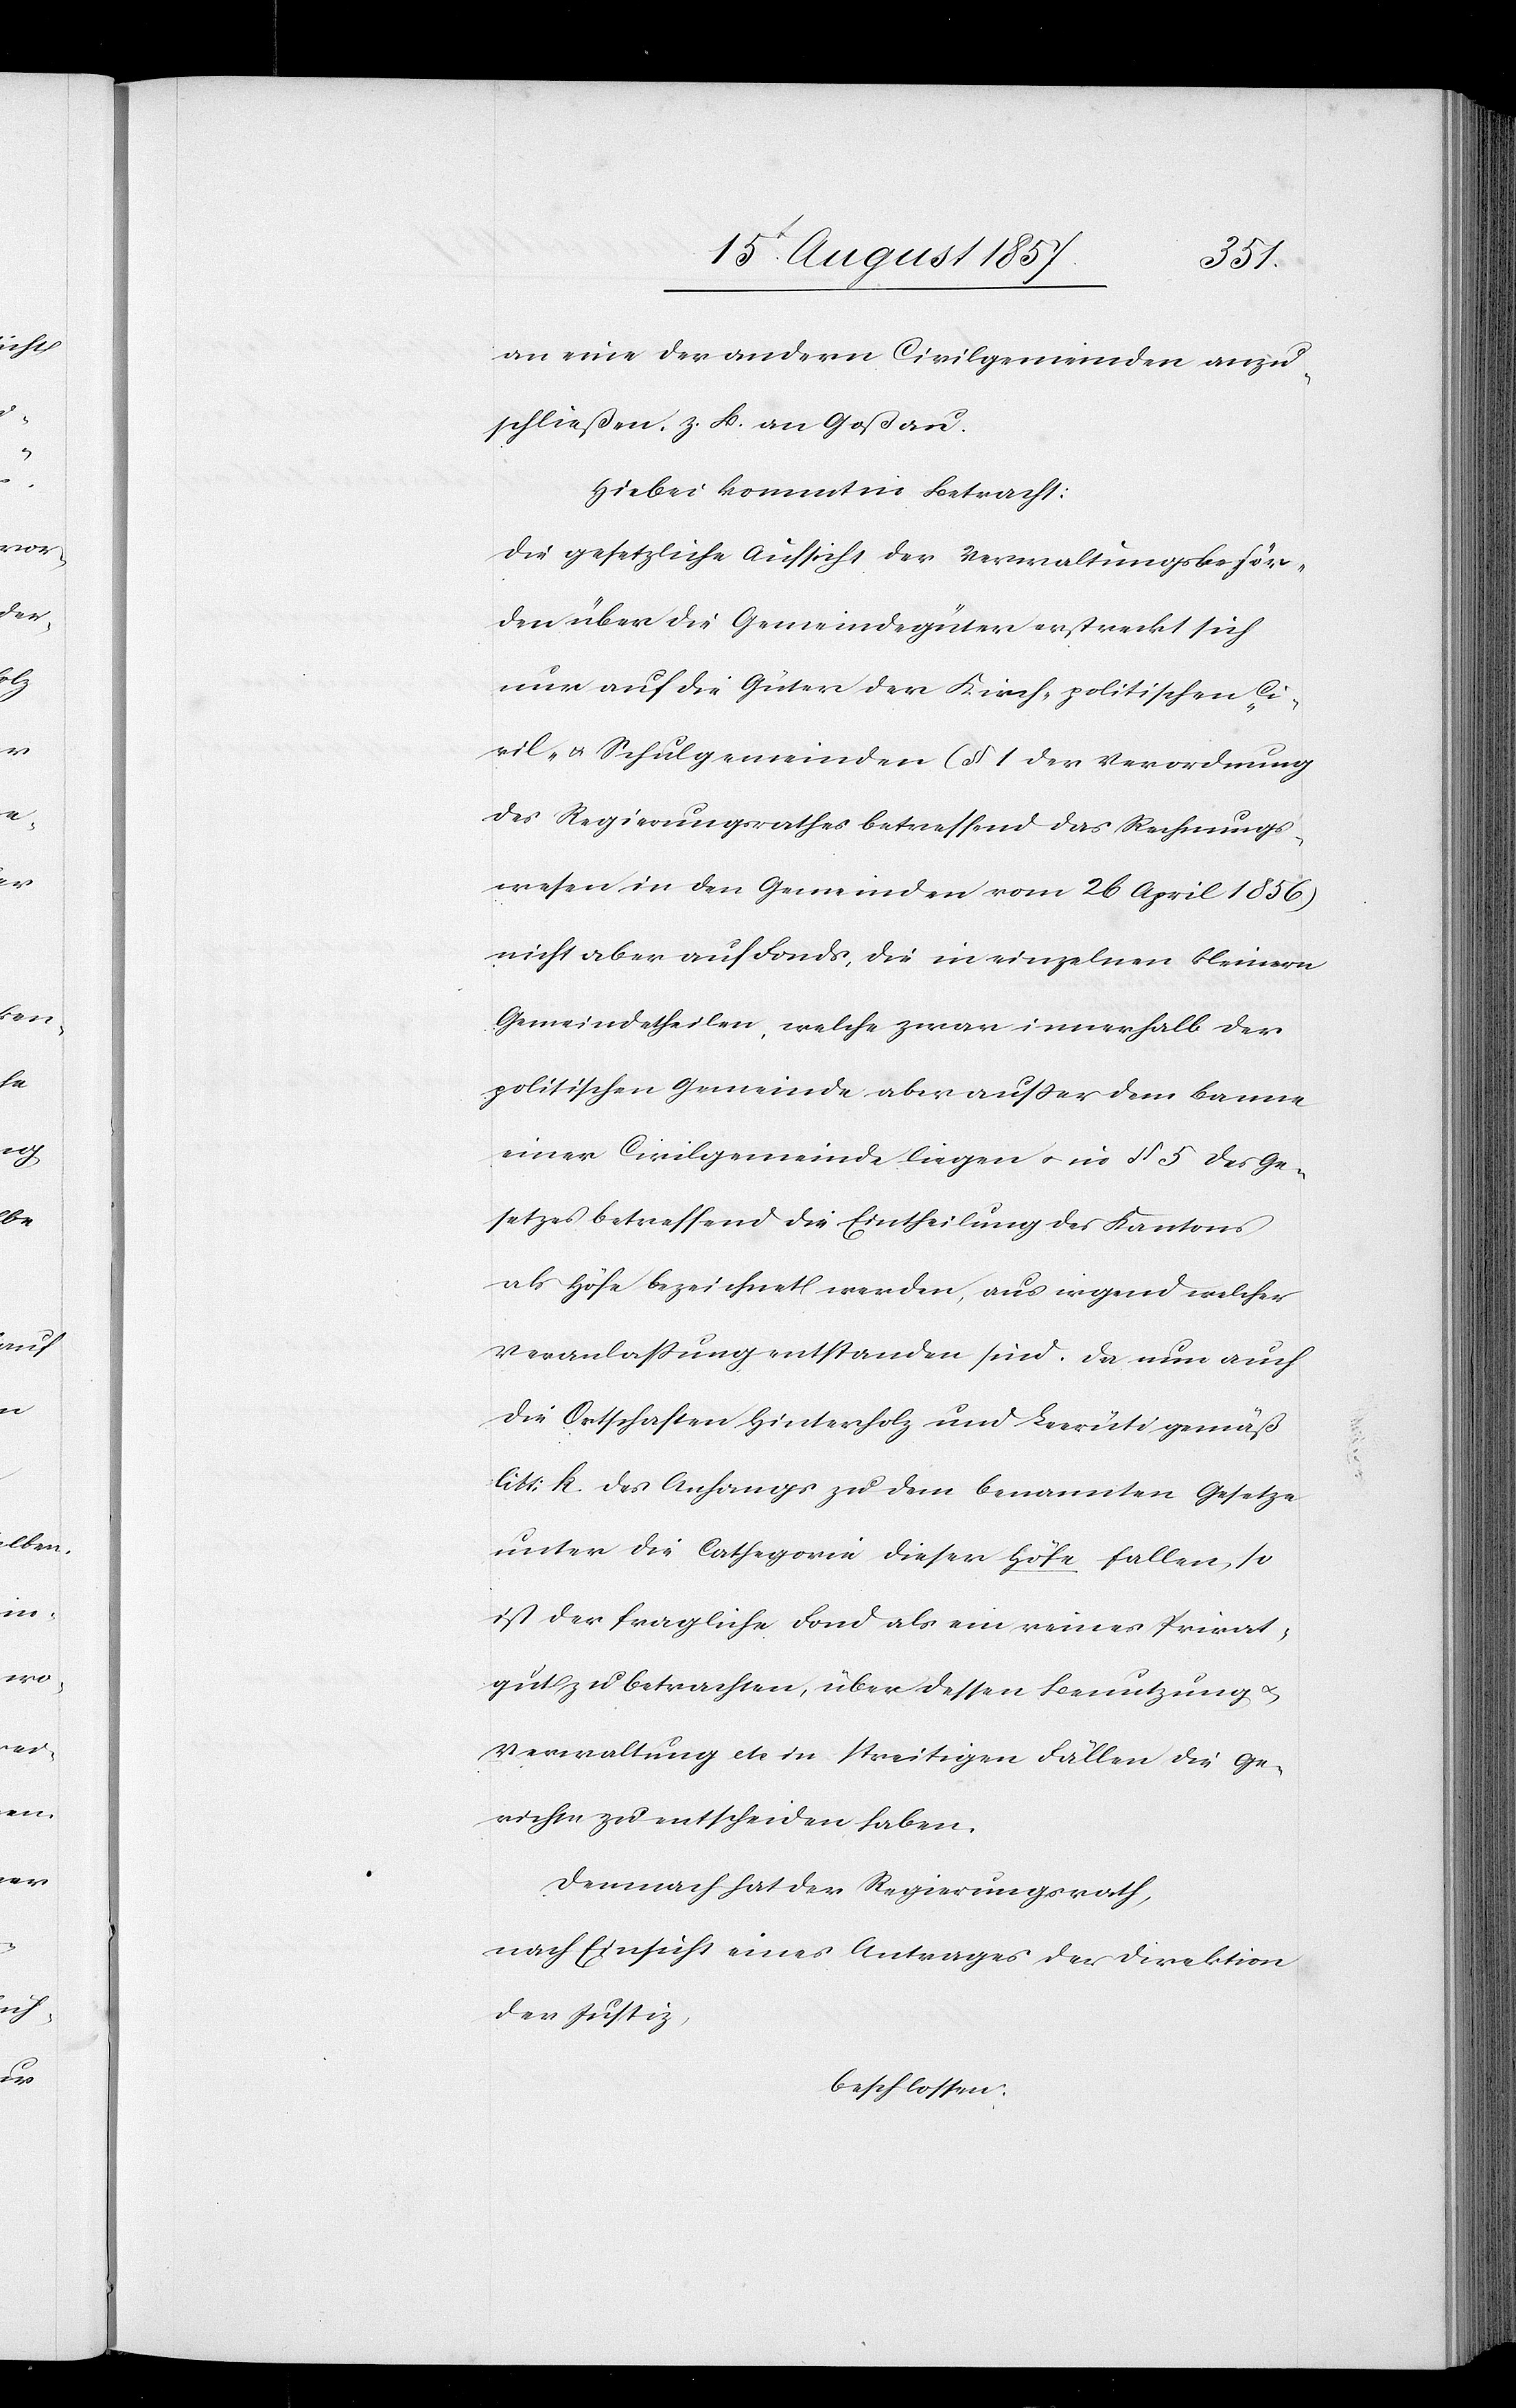
an eine der andern Civilgemeinden anzu¬
schließen, z. B. an Goßau.
Hiebei kommt in Betracht:
Die gesetzliche Aufsicht der Verwaltungsbehör¬
den über die Gemeindgüter erstreckt sich
nur auf die Güter der Kirch- politischen Ci¬
vil- & Schulgemeinden (§ 1 der Verordnung
des Regierungsrathes betreffend das Rechnungs¬
wesen in den Gemeinden vom 26 April 1856)
nicht aber auf Fonds, die in einzelnen kleinern
Gemeindetheilen, welche zwar innerhalb der
politischen Gemeinde liegen & in § 5 des Ge¬
setzes betreffend die Eintheilung des Kantons
als Höfe bezeichnet werden, aus irgend welcher
Veranlaßung entstanden sind. Da nun auch
die Ortschaften Hinterholz und Leerüti gemäß
litt. k des Anhangs zu dem benannten Gesetze
unter die Cathegorie dieser Höfe fallen, so
ist der fragliche Fond als ein reines Privat¬
gut zu betrachten, über dessen Benutzung &
Verwaltung etc in streitigen Fällen die Ge¬
richte zu entscheiden haben.
Demnach hat der Regierungsrath,
nach Einsicht eines Antrages der Direktion
der Justiz,
beschlossen: